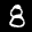
Label: 8